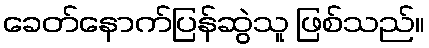
ခေတ်နောက်ပြန်ဆွဲသူ ဖြစ်သည်။